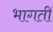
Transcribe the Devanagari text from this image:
भागतीं